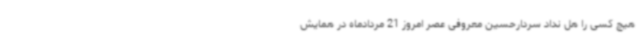
هیچ کسی را هل نداد سردارحسین معروفی عصر امروز 21 مردادماه در همایش